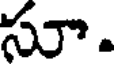
సూ.